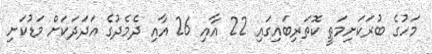
މަހުގެ ބުރަކަށިމަތީ ކޮތަރިބައިގައި 22 އާއި 26 އާއި ދެމެދުގެ އަދަދަކަށް މަޑުކަށި